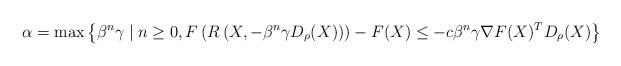
LaTeX: \begin{align*}\alpha = \max\left\{ \beta^n\gamma \mid n\ge0, F\left( R\left(X,-\beta^n\gamma D_\rho(X)\right) \right) - F(X) \leq -c\beta^n\gamma \nabla F(X)^TD_\rho(X) \right\}\end{align*}